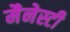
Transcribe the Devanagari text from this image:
मैनेस्टी